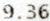
9.36